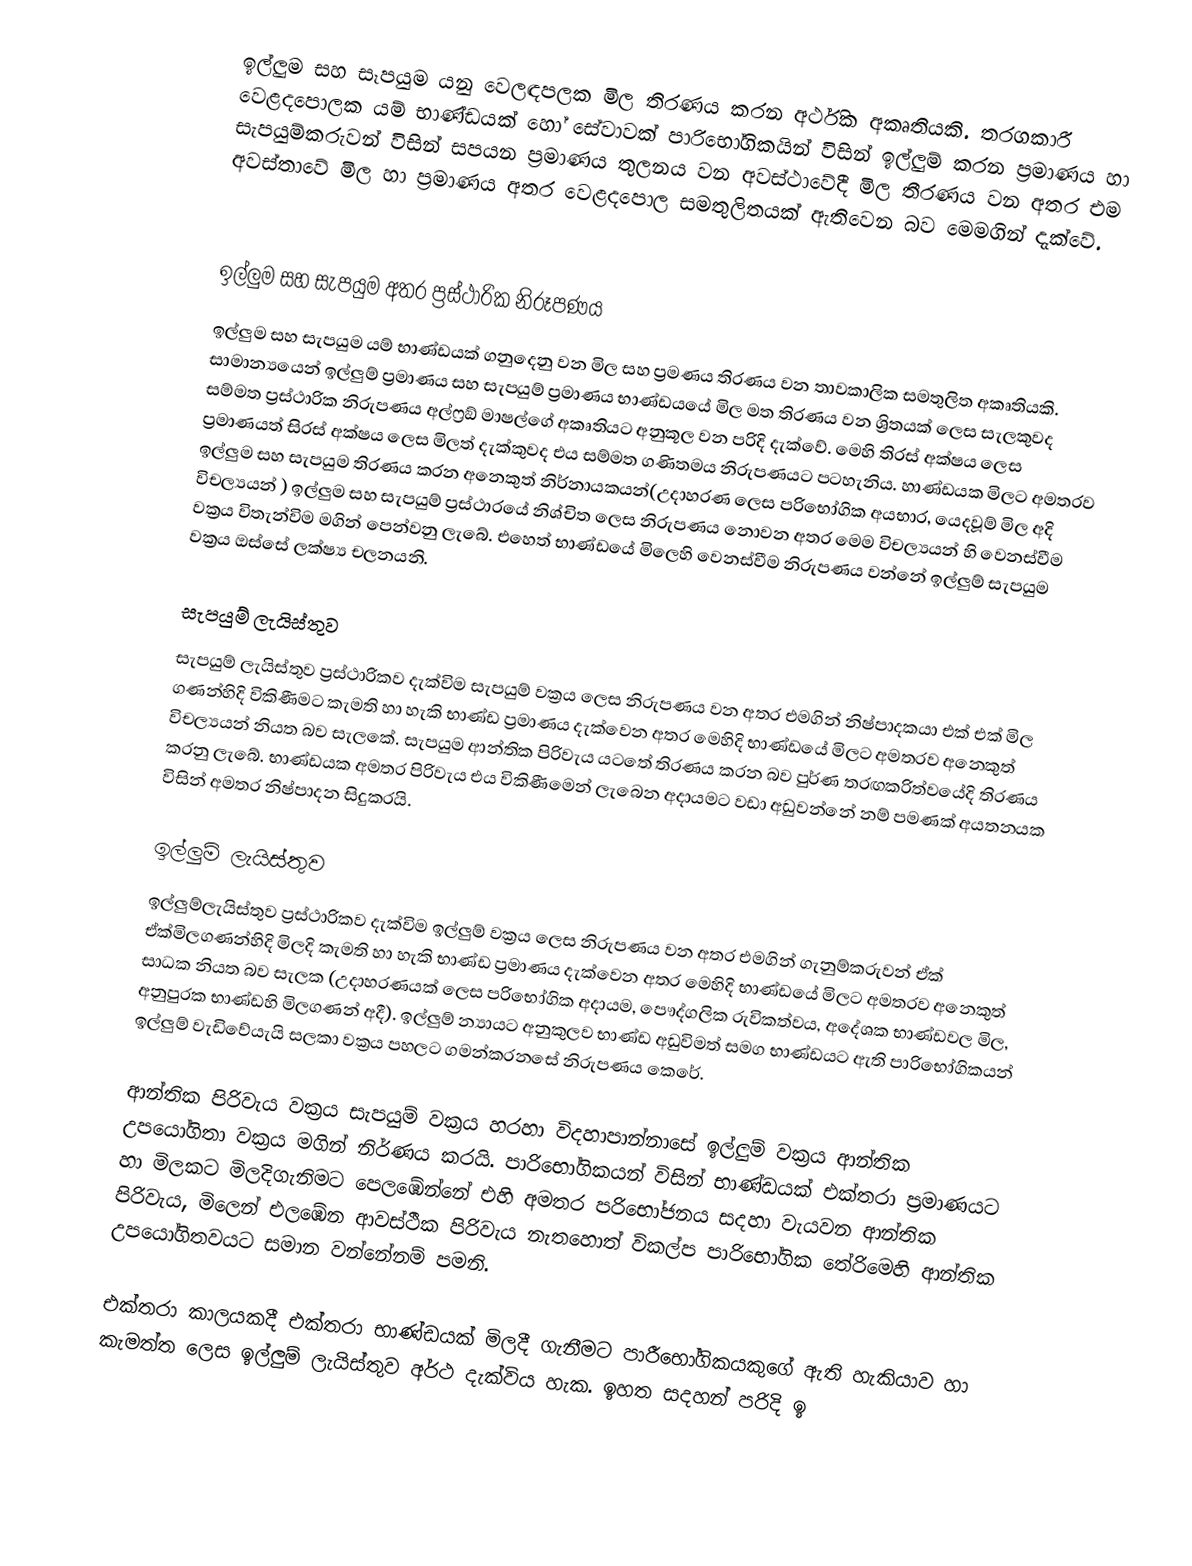
ඉල්ලුම සහ සෑපයුම යනු වෙලඳපලක මිල තිරණය කරන අර්ථික අකෘතියකි. තරගකාරී වෙළදපොලක යම් භාණ්ඩයක් හෝ සේවාවක් පාරිභෝගිකයින් විසින් ඉල්ලුම් කරන ප්‍රමාණය හා සැපයුම්කරුවන් විසින් සපයන ප්‍රමාණය තුලනය වන අවස්ථාවේදී මිල තීරණය වන අතර එම අවස්තාවේ මිල හා ප්‍රමාණය අතර වෙළදපොල සමතුලිතයක් ඇතිවෙන බව මෙමගින් දැක්වේ.

ඉල්ලුම සහ සැපයුම අතර ප්‍රස්ථාරික නිරූපණය
ඉල්ලුම සහ සැපයුම යම් භාණ්ඩයක් ගනුදෙනු වන මිල සහ ප්‍රමණය තිරණය වන තාවකාලික සමතුලිත අකෘතියකි. සාමාන්‍යයෙන් ඉල්ලුම් ප්‍රමාණය සහ සැපයුම් ප්‍රමාණය භාණ්ඩයයේ මිල මත තිරණය වන ශ්‍රිතයක් ලෙස සැලකුවද සම්මත ප්‍රස්ථාරික නිරුපණය අල්ෆ්‍රඞ් මාෂල්ගේ අකෘති‍යට අනුකූල වන පරිදි දැක්වේ. මෙහි තිරස් අක්ෂය ලෙස ප්‍රමාණයත් සිරස් අක්ෂය ලෙස මිලත් දැක්කුවද එය සම්මත ගණිතමය නිරුපණයට පටහැනිය. හාණ්ඩයක මිලට අමතරව ඉල්ලුම සහ සැපයුම තිරණය කරන අනෙකුත් නිර්නායකයන්(උදාහරණ ලෙස පරිභෝගික අයභාර, යෙදවූම් මිල අදි විචල්‍යයන් ) ඉල්ලුම සහ සැපයුම් ප්‍රස්ථාරයේ නිශ්චිත ලෙස නිරුපණය නොවන අතර මෙම විචල්‍යයන් හි වෙනස්වීම වක්‍රය විතැන්විම මගින් පෙන්වනු ලැබේ. එහෙත් භාණ්ඩයේ මිලෙහි වෙනස්වීම නිරුපණය වන්නේ ඉල්ලුම් සැපයුම වක්‍රය ඔස්සේ ලක්ෂ්‍ය චලනයනි.

සැපයුම් ලැයිස්තුව
සැපයුම් ලැයිස්තුව ප්‍රස්ථාරිකව දැක්විම සැපයුම් වක්‍රය ලෙස නිරුපණය වන අතර එමගින් නිෂ්පාදකයා එක් එක් මිල ගණන්හිදි විකිණීමට කැමති හා හැකි භාණ්ඩ ප්‍රමාණය දැක්වෙන අතර මෙහිදි භාණ්ඩයේ මිලට අමතරව අනෙකුත් විචල්‍යයන් නියත බව සැලකේ. සැපයුම ආන්තික පිරිවැය යටතේ තිරණය කරන බව පුර්ණ තරඟකරිත්වයේදි තිරණය කරනු ලැබේ. භාණ්ඩයක අමතර පිරිවැය එය විකිණීමෙන් ලැබෙන අදායමට වඩා අඩුවන්නේ නම් පමණක් අයතනයක විසින් අමතර නිෂ්පාදන සිදුකරයි.

ඉල්ලුම් ලැයිස්තුව
ඉල්ලුම්ලැයිස්තුව ප්‍රස්ථාරිකව දැක්විම ඉල්ලුම් වක්‍රය ලෙස නිරුපණය වන අතර එමගින් ගැනුම්කරුවන් ඒක් ඒක්මිලගණන්හිදි මිලදි කැමති හා හැකි භාණ්ඩ ප්‍රමාණය දැක්වෙන අතර මෙහිදි භාණ්ඩයේ මිලට අමතරව අනෙකුත් සාධක නියත බව සැලක (උදාහරණයක් ලෙස පරිභෝගික අදායම, පෞද්ගලික රුවිකත්වය, අදේශක භාණ්ඩවල මිල, අනුපුරක භාණ්ඩහි මිලගණන් අදී). ඉල්ලුම් න්‍යායට අනුකුලව භාණ්ඩ අඩුවිමත් සමග භාණ්ඩයට ඇති පාරිභෝගිකයන් ඉල්ලුම් වැඩිවේයැයි සලකා වක්‍රය පහලට ගමන්කරනසේ නිරුපණය කෙරේ.

ආන්තික පිරිවැය වක්‍රය සැපයුම් වක්‍රය හරහා විදහාපාන්නාසේ ඉල්ලුම් වක්‍රය ආන්තික උපයෝගිතා වක්‍රය මගින් නිර්ණය කරයි. පාරිභෝගිකයන් විසින් භාණ්ඩයක් එක්තරා ප්‍රමාණයට හා මිලකට මිලදිගැනිමට පෙලඹේන්නේ එහි අමතර පරිභෝජනය සදහා වැයවන ආන්තික පිරිවැය, මිලෙන් එලඹේන ආවස්ථීක පිරිවැය නැතහොත් විකල්ප පාරිභෝගික තේරිමෙහි ආන්තික උපයෝගිතවයට සමාන වන්නේනම් පමනි.

එක්තරා කාලයකදී එක්තරා භාණ්ඩයක් මිලදී ගැනීමට පාරීභෝගිකයකුගේ ඇති හැකියාව හා කැමත්ත ලෙස ඉල්ලුම් ලැයිස්තුව අර්ථ දැක්විය හැක. ඉහත සදහන් පරිදි ඉ